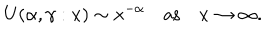
LaTeX: U ( \alpha , \gamma : x ) \sim x ^ { - \alpha } \quad \mathrm { a s } \quad x \to \infty .